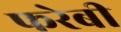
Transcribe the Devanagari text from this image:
फरेबी